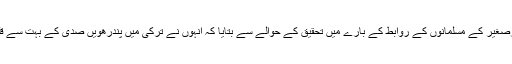
ڈاکٹر اوزجان نے ترکوں اور برصغیر کے مسلمانوں کے روابط کے بارے میں تحقیق کے حوالے سے بتایا کہ انہوں نے ترکی میں پندرھویں صدی کے بہت سے قلمی مسودوں کا بھی مطالعہ کیا۔